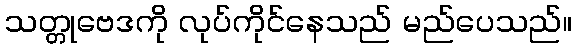
သတ္တုဗေဒကို လုပ်ကိုင်နေသည် မည်ပေသည်။